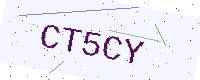
Text: CT5CY